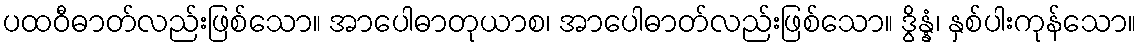
ပထဝီဓာတ်လည်းဖြစ်သော။ အာပေါဓာတုယာစ၊ အာပေါဓာတ်လည်းဖြစ်သော။ ဒွိန္နံ၊ နှစ်ပါးကုန်သော။